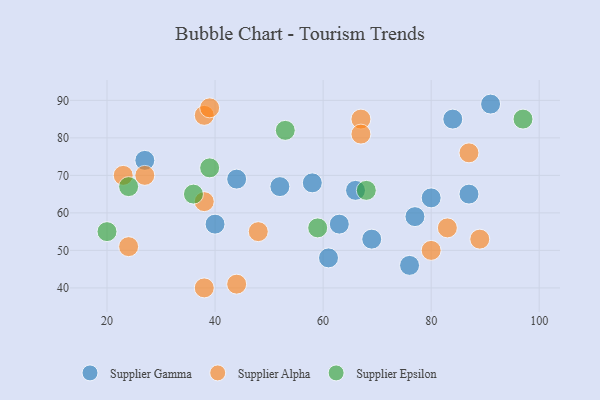
{"axis": {"x": "GDP", "y": "Life Expectancy"}, "legend": ["Supplier Alpha", "Supplier Epsilon", "Supplier Gamma"], "data": [{"x": "80", "y": 64, "type": "Supplier Gamma"}, {"x": "84", "y": 85, "type": "Supplier Gamma"}, {"x": "76", "y": 46, "type": "Supplier Gamma"}, {"x": "66", "y": 66, "type": "Supplier Gamma"}, {"x": "87", "y": 65, "type": "Supplier Gamma"}, {"x": "52", "y": 67, "type": "Supplier Gamma"}, {"x": "69", "y": 53, "type": "Supplier Gamma"}, {"x": "63", "y": 57, "type": "Supplier Gamma"}, {"x": "27", "y": 74, "type": "Supplier Gamma"}, {"x": "44", "y": 69, "type": "Supplier Gamma"}, {"x": "61", "y": 48, "type": "Supplier Gamma"}, {"x": "77", "y": 59, "type": "Supplier Gamma"}, {"x": "91", "y": 89, "type": "Supplier Gamma"}, {"x": "40", "y": 57, "type": "Supplier Gamma"}, {"x": "58", "y": 68, "type": "Supplier Gamma"}, {"x": "44", "y": 41, "type": "Supplier Alpha"}, {"x": "67", "y": 85, "type": "Supplier Alpha"}, {"x": "27", "y": 70, "type": "Supplier Alpha"}, {"x": "48", "y": 55, "type": "Supplier Alpha"}, {"x": "38", "y": 86, "type": "Supplier Alpha"}, {"x": "23", "y": 70, "type": "Supplier Alpha"}, {"x": "38", "y": 40, "type": "Supplier Alpha"}, {"x": "39", "y": 88, "type": "Supplier Alpha"}, {"x": "87", "y": 76, "type": "Supplier Alpha"}, {"x": "83", "y": 56, "type": "Supplier Alpha"}, {"x": "67", "y": 81, "type": "Supplier Alpha"}, {"x": "80", "y": 50, "type": "Supplier Alpha"}, {"x": "24", "y": 51, "type": "Supplier Alpha"}, {"x": "38", "y": 63, "type": "Supplier Alpha"}, {"x": "89", "y": 53, "type": "Supplier Alpha"}, {"x": "53", "y": 82, "type": "Supplier Epsilon"}, {"x": "24", "y": 67, "type": "Supplier Epsilon"}, {"x": "68", "y": 66, "type": "Supplier Epsilon"}, {"x": "59", "y": 56, "type": "Supplier Epsilon"}, {"x": "39", "y": 72, "type": "Supplier Epsilon"}, {"x": "36", "y": 65, "type": "Supplier Epsilon"}, {"x": "97", "y": 85, "type": "Supplier Epsilon"}, {"x": "20", "y": 55, "type": "Supplier Epsilon"}]}